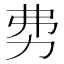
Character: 𠡂